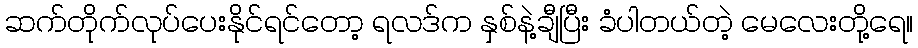
ဆက်တိုက်လုပ်ပေးနိုင်ရင်တော့ ရလဒ်က နှစ်နဲ့ချီပြီး ခံပါတယ်တဲ့ မေလေးတို့ရေ။